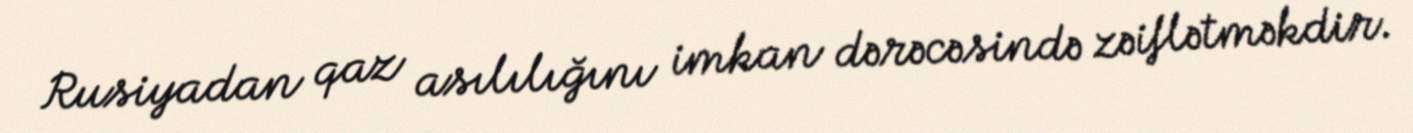
Rusiyadan qaz asılılığını imkan dərəcəsində zəiflətməkdir.